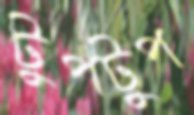
টুপটুপ